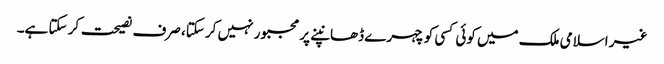
غیر اسلامی ملک میں کوئی کسی کو چہرے ڈھانپنے پر مجبور نہیں کر سکتا، صرف نصیحت کر سکتا ہے۔